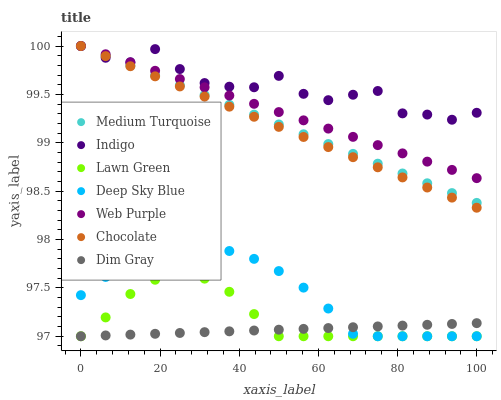
| xaxis_label | Medium Turquoise | Indigo | Lawn Green | Deep Sky Blue | Web Purple | Chocolate | Dim Gray |
 | --- | --- | --- | --- | --- | --- | --- | --- |
 | 0 | 100 | 100 | 97 | 97.4 | 100 | 100 | 97 |
 | 6.25 | 99.9 | 99.9 | 97.2 | 97.6 | 99.9 | 99.9 | 97 |
 | 12.5 | 99.8 | 99.8 | 97.4 | 97.8 | 99.8 | 99.8 | 97 |
 | 18.8 | 99.7 | 100 | 97.6 | 97.9 | 99.7 | 99.7 | 97 |
 | 25 | 99.6 | 99.8 | 97.6 | 97.9 | 99.7 | 99.6 | 97 |
 | 31.2 | 99.5 | 99.6 | 97.6 | 97.9 | 99.6 | 99.5 | 97 |
 | 37.5 | 99.4 | 99.6 | 97.5 | 97.9 | 99.5 | 99.4 | 97.1 |
 | 43.8 | 99.3 | 99.6 | 97.2 | 97.8 | 99.4 | 99.3 | 97.1 |
 | 50 | 99.2 | 99.7 | 97 | 97.7 | 99.3 | 99.2 | 97.1 |
 | 56.2 | 99.1 | 99.5 | 97 | 97.5 | 99.2 | 99.1 | 97.1 |
 | 62.5 | 99 | 99.4 | 97 | 97.3 | 99.1 | 99 | 97.1 |
 | 68.8 | 98.9 | 99.5 | 97 | 97 | 99.1 | 98.9 | 97.1 |
 | 75 | 98.8 | 99.5 | 97 | 97 | 99 | 98.7 | 97.1 |
 | 81.2 | 98.7 | 99.3 | 97 | 97 | 98.9 | 98.6 | 97.1 |
 | 87.5 | 98.6 | 99.3 | 97 | 97 | 98.8 | 98.5 | 97.1 |
 | 93.8 | 98.5 | 99.2 | 97 | 97 | 98.7 | 98.4 | 97.1 |
 | 100 | 98.4 | 99.3 | 97 | 97 | 98.6 | 98.3 | 97.1 |